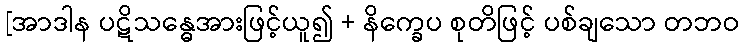
[အာဒါန ပဋိသန္ဓေအားဖြင့်ယူ၍ + နိက္ခေပ စုတိဖြင့် ပစ်ချသော တဘဝ